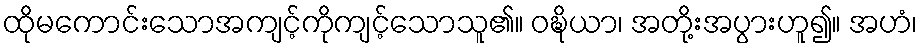
ထိုမကောင်းသောအကျင့်ကိုကျင့်သောသူ၏။ ဝဍ္ဎိယာ၊ အတို့းအပွားဟူ၍။ အဟံ၊